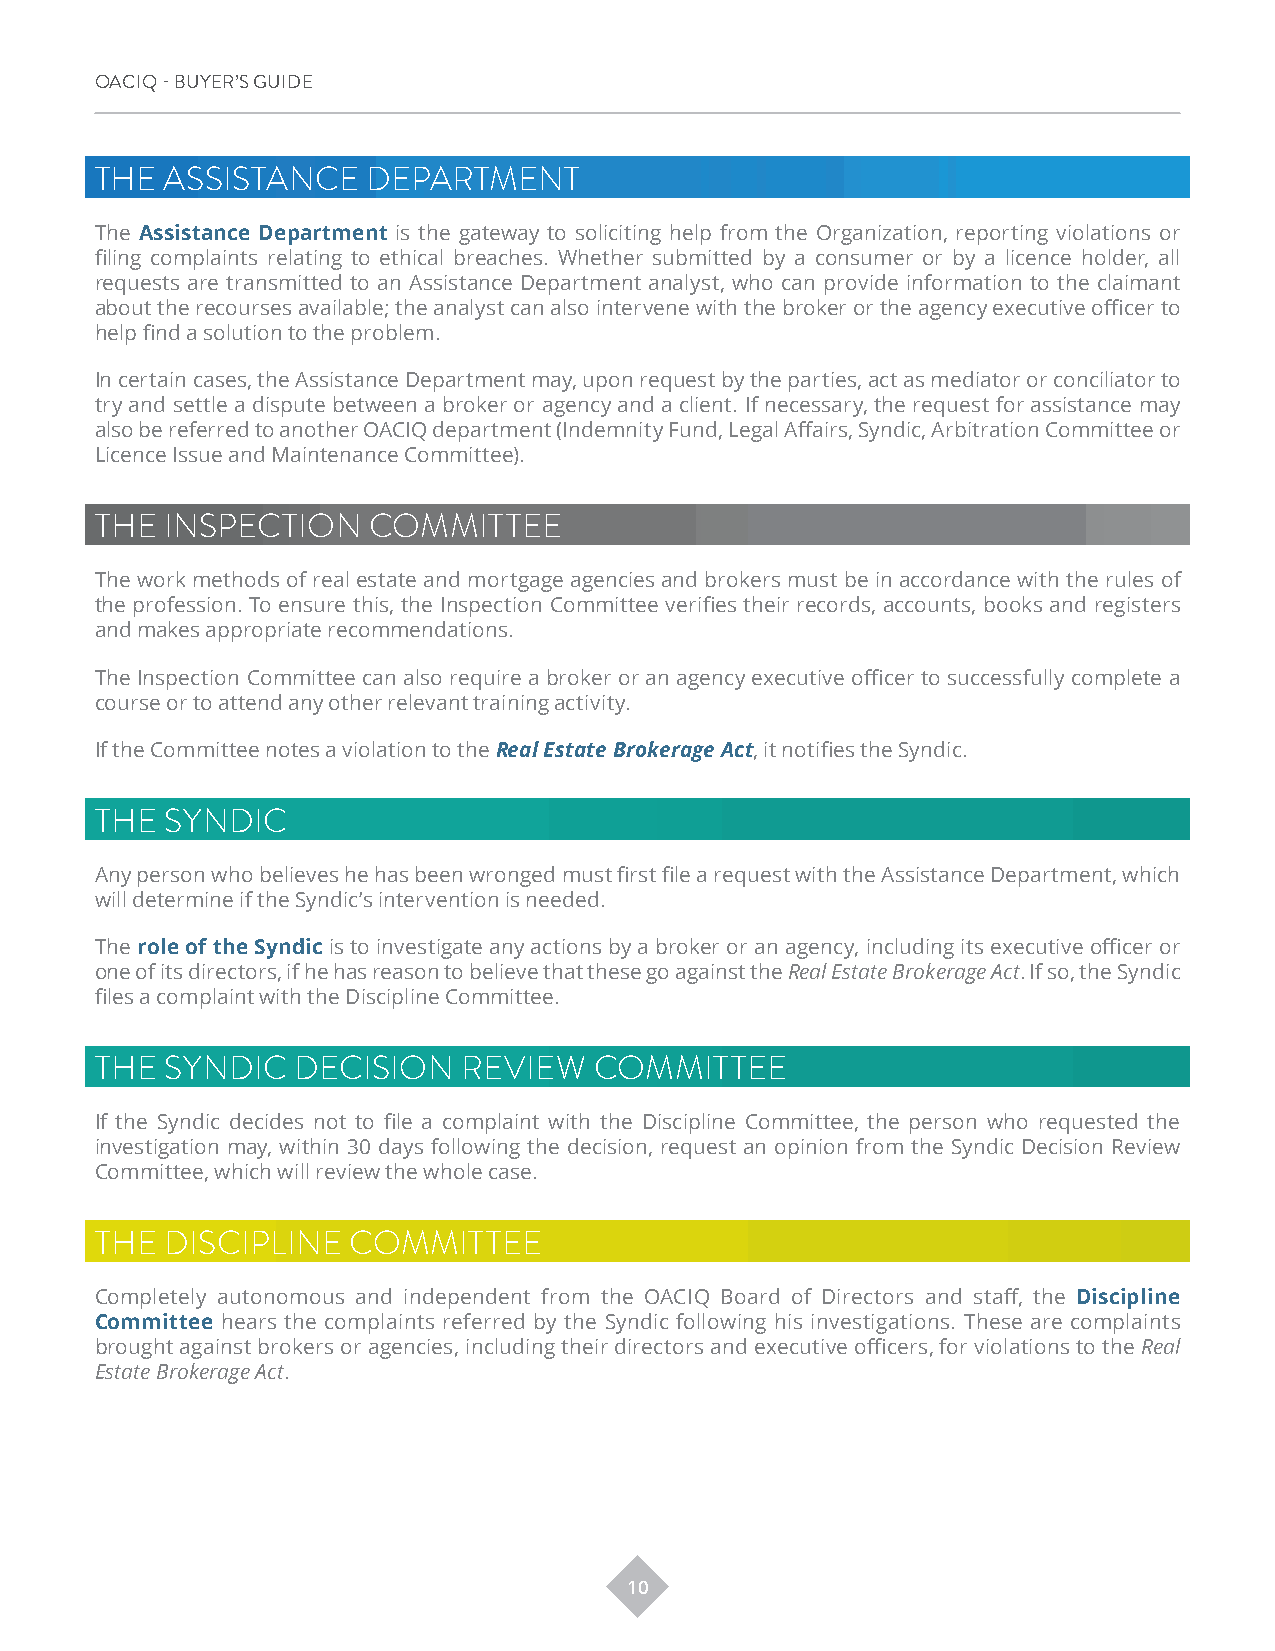
OACIQ - BUYER’S GUIDE
 THE  ASSISTANCE   DEPARTMENT
 The Assistance Department is the gateway to soliciting help from the Organization, reporting violations or
 filing complaints relating to ethical breaches. Whether submitted by a consumer or by a licence holder, all
 requests are transmitted to an Assistance Department analyst, who can provide information to the claimant
 about the recourses available; the analyst can also intervene with the broker or the agency executive officer to
 help find a solution to the problem.
 In certain cases, the Assistance Department may, upon request by the parties, act as mediator or conciliator to
 try and settle a dispute between a broker or agency and a client. If necessary, the request for assistance may
 also be referred to another OACIQ department (Indemnity Fund, Legal Affairs, Syndic, Arbitration Committee or
 Licence Issue and Maintenance Committee).
 THE  INSPECTION   COMMITTEE
 The work methods of real estate and mortgage agencies and brokers must be in accordance with the rules of
 the profession. To ensure this, the Inspection Committee verifies their records, accounts, books and registers
 and makes appropriate recommendations.
 The Inspection Committee can also require a broker or an agency executive officer to successfully complete a
 course or to attend any other relevant training activity.
 If the Committee notes a violation to the Real Estate Brokerage Act, it notifies the Syndic.
 THE  SYNDIC
 Any person who believes he has been wronged must first file a request with the Assistance Department, which
 will determine if the Syndic’s intervention is needed.
 The role of the Syndic is to investigate any actions by a broker or an agency, including its executive officer or
 one of its directors, if he has reason to believe that these go against the Real Estate Brokerage Act. If so, the Syndic
 files a complaint with the Discipline Committee.
 THE  SYNDIC   DECISION   REVIEW  COMMITTEE
 If the Syndic decides not to file a complaint with the Discipline Committee, the person who requested the
 investigation may, within 30 days following the decision, request an opinion from the Syndic Decision Review
 Committee, which will review the whole case.
 THE  DISCIPLINE  COMMITTEE
 Completely autonomous and independent from the OACIQ Board of Directors and staff, the Discipline
 Committee hears the complaints referred by the Syndic following his investigations. These are complaints
 brought against brokers or agencies, including their directors and executive officers, for violations to the Real
 Estate Brokerage Act.
 10